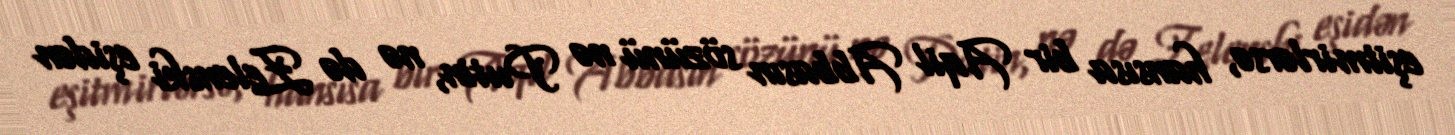
eşitmirlərsə, hansısa bir Aqil Abbasın sözünü nə Putin, nə də Zelenski eşidən